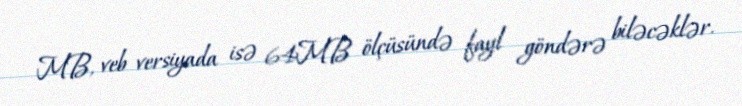
MB, veb versiyada isə 64MB ölçüsündə fayl göndərə biləcəklər.